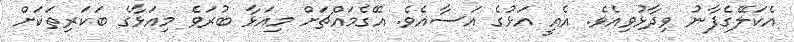
އެކަލޭގެފާނު ވިދާޅުވިއެވެ. އެއީ އަޅުގެ އަސާއެވެ. އޭގެމައްޗަށް މިއަޅާ ބުރަވެ މިއަޅާގެ ބަކަރިތަކަށް